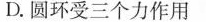
D.圆环受三个力作用